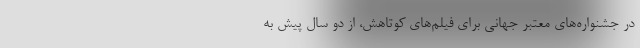
در جشنواره‌های معتبر جهانی برای فیلم‌های کوتاهش، از دو سال پیش به